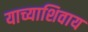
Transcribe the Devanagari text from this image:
याच्याशिवाय